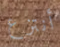
أنتزع